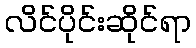
လိင်ပိုင်းဆိုင်ရာ